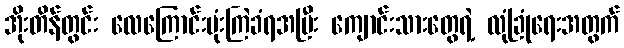
အိုးတိန်တွင်း လေကြောင်းဗုံးကြဲခံရအပြီး ကျောင်းသားတွေရဲ့ လုံခြုံရေးအတွက်